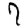
Digit: 7